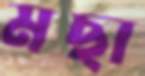
মছা